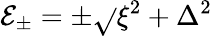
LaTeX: \mathcal{E}_{\pm}=\pm\sqrt{}{{\xi^{2}+\Delta^{2}}}